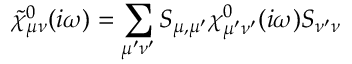
\tilde { \chi } _ { \mu \nu } ^ { 0 } ( i \omega ) = \sum _ { \mu ^ { \prime } \nu ^ { \prime } } S _ { \mu , \mu ^ { \prime } } \chi _ { \mu ^ { \prime } \nu ^ { \prime } } ^ { 0 } ( i \omega ) S _ { \nu ^ { \prime } \nu } \,